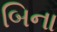
બિના